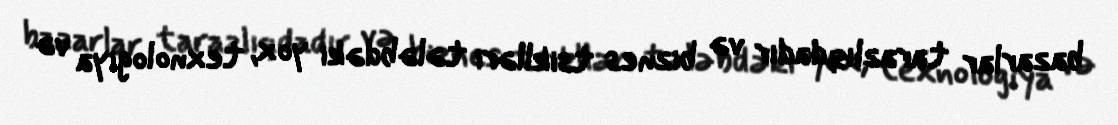
bazarlar tarazlıqdadır və biznes tsiklləri tələbdəki yox, texnologiya və